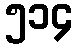
၅၁၄